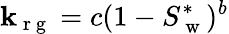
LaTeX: \mathbf{k}_{\mathrm{{~r~g~}}}=c(1-S_{\mathrm{{~w~}}}^{*})^{b}